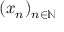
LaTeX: ( x _ { n } ) _ { n \in \mathbb { N } }